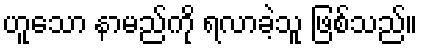
ဟူသော နာမည်ကို ရလာခဲ့သူ ဖြစ်သည်။